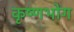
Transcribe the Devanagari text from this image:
कृष्णभोग